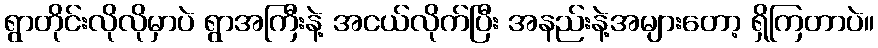
ရွာတိုင်းလိုလိုမှာပဲ ရွာအကြီးနဲ့ အငယ်လိုက်ပြီး အနည်းနဲ့အများတော့ ရှိကြတာပဲ။